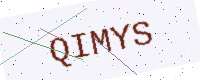
Text: QIMYS